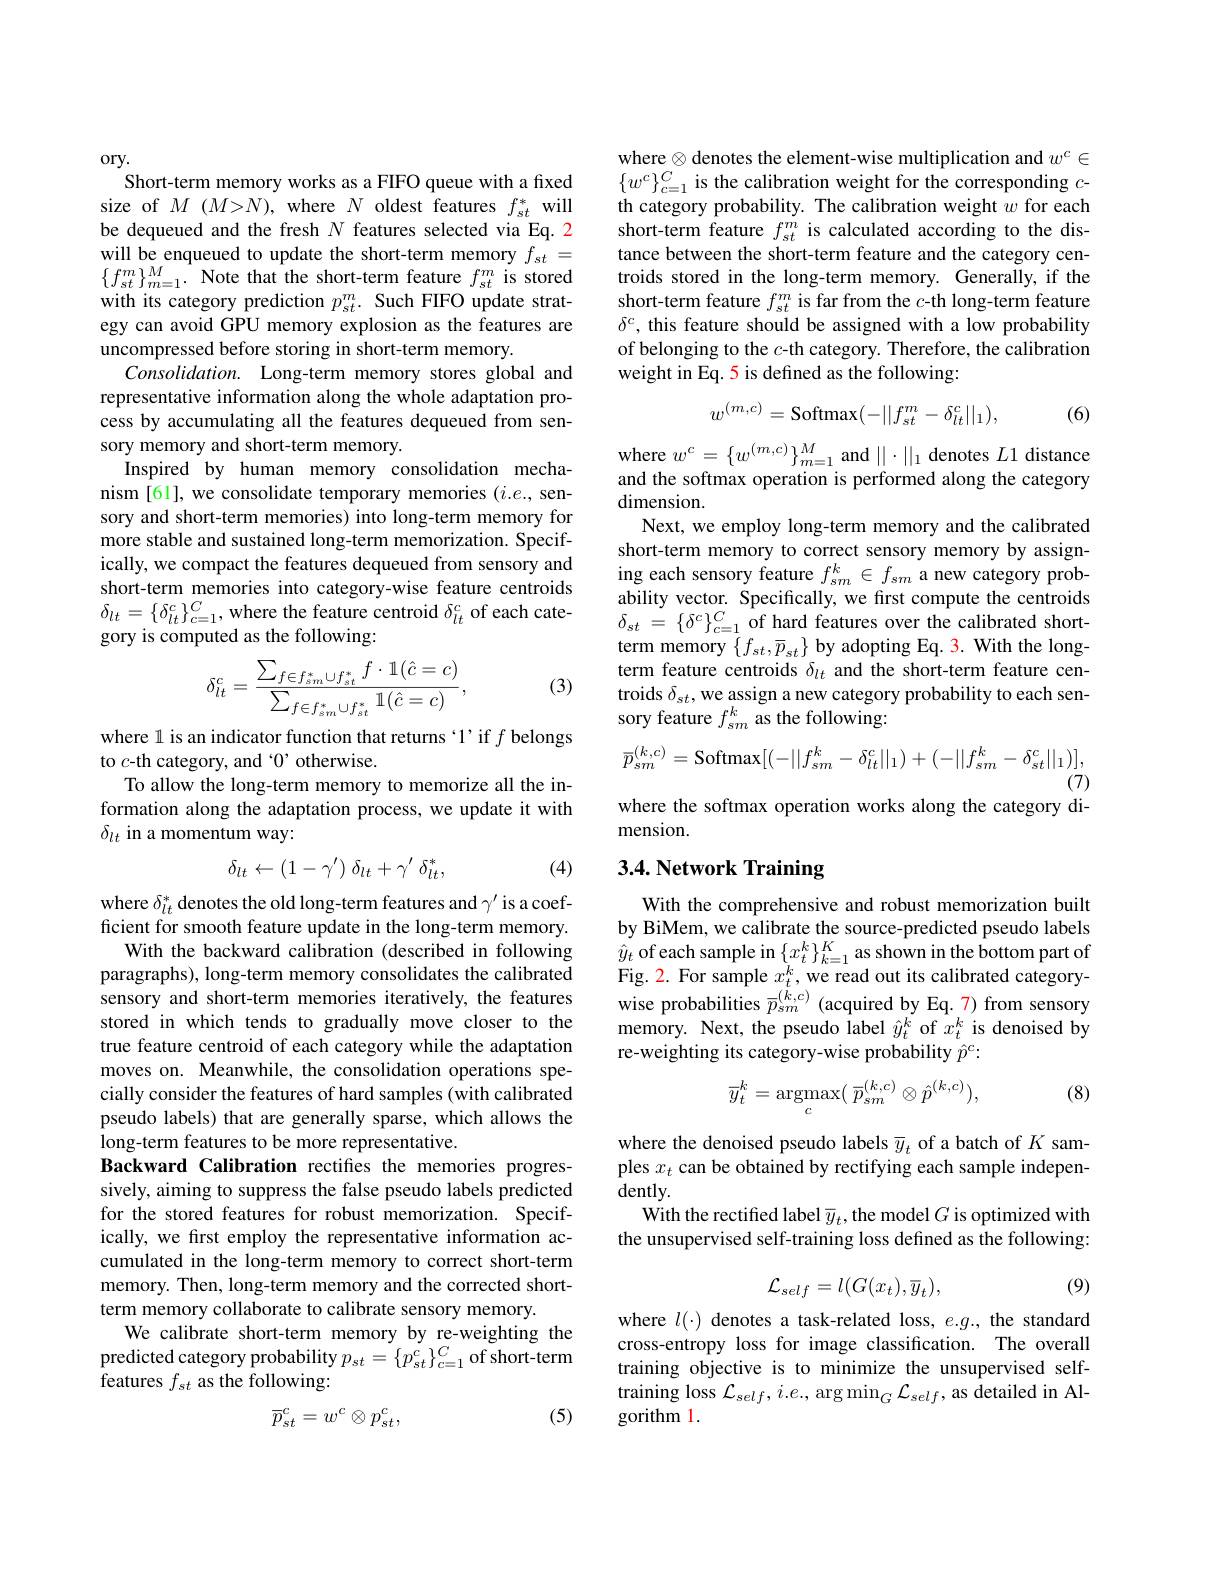
$ory.$
Short-term memory works as a FIFO queue with a fixed size of $M$ ($M>N)$, where $N$ oldest features $f_st^*$ will be dequeued and the fresh $N$ features selected via Eq.2 will be enqueued to update the short-term memory $f_{st}=$ $\{f_{st}^{m}\}_{m=1}^{M}.$ Note that the short-term feature $f_st^{m}$ is stored with its category prediction $p_{st}^m.$ Such FIFO update strategy can avoid GPU memory explosion as the features are uncompressed before storing in short-term memory.
$Consolidation.$ Long-term memory stores global and representative information along the whole adaptation process by accumulating all the features dequeued from sensory memory and short-term memory.
Inspired by human memory consolidation mechanism [61], we consolidate temporary memories ($i.e.$, sensory and short-term memories) into long-term memory for more stable and sustained long-term memorization. Specifically, we compact the features dequeued from sensory and short-term memories into category-wise feature centroids $\delta_{lt}=\{\delta_{lt}^{c}\}_{c=1}^{C}$,where the feature centroid $\delta_lt^{c}$ of each category is computed as the following:
$$\delta_{lt}^{c}=\frac{\sum_{f\in f_{sm}^{*}\cup f_{st}^{*}}f\cdot\mathbb{1}(\hat{c}=c)}{\sum_{f\in f_{sm}^{*}\cup f_{st}^{*}}\mathbb{1}(\hat{c}=c)},$$
(3)

where l is an indicator function that returns `1' if $f$ belongs
to $c$-th category, and $`0$' otherwise.
To allow the long-term memory to memorize all the information along the adaptation process, we update it with $\delta_{lt}$ in a momentum way:
$$\delta_{lt}\leftarrow(1-\gamma')\:\delta_{lt}+\gamma'\:\delta_{lt}^{*},$$
(4)

where $\delta_{lt}^*$ denotes the old long-term features and $\gamma^\prime$ is a coefficient for smooth feature update in the long-term memory.
With the backward calibration (described in following paragraphs), long-term memory consolidates the calibrated sensory and short-term memories iteratively, the features stored in which tends to gradually move closer to the true feature centroid of each category while the adaptation moves on. Meanwhile, the consolidation operations specially consider the features of hard samples (with calibrated pseudo labels) that are generally sparse, which allows the long-term features to be more representative.
Backward Calibration rectifies the memories progressively, aiming to suppress the false pseudo labels predicted for the stored features for robust memorization. Specifically, we first employ the representative information accumulated in the long-term memory to correct short-term memory. Then, long-term memory and the corrected shortterm memory collaborate to calibrate sensory memory.
We calibrate short-term memory by re-weighting the predicted category probability $p_st=\{p_{st}^{c}\}_{c=1}^{C}$ of short-term ${\tilde{\text{features }f_{st}}}$ as the following:
(5)
$$\overline{p}_{st}^c=w^c\otimes p_{st}^c,$$
where $\otimes$denotes the element-wise multiplication and $w^c\in$ $\{w^{c}\}_{c=1}^{C}$is the calibration weight for the corresponding $c$- th category probability. The calibration weight $w$ for each short-term feature $f_{st}^{m}$ is calculated according to the distance between the short-term feature and the category centroids stored in the long-term memory. Generally, if the short-term feature $f_{st}^m$ is far from the $c$-th long-term feature $\delta^c$, this feature should be assigned with a low probability of belonging to the $c$-th category. Therefore, the calibration weight in Eq. 5 is defined as the following:

(6)
$$w^{(m,c)}=\mathrm{Softmax}(-||f_{st}^{m}-\delta_{lt}^{c}||_{1}),$$
where $w^c=\{w^{(m,c)}\}_{m=1}^M$ and $||\cdot||_1$ denotes $L1$ distance and the softmax operation is performed along the category dimension.
Next, we employ long-term memory and the calibrated short-term memory to correct sensory memory by assigning each sensory feature $f_{sm}^k\in f_{sm}$ a new category probability vector. Specifically, we first compute the centroids $\delta _{st}$ = $\{ \delta ^{c}\} _{c= 1}^{C}$ of hard features over the calibrated shortterm memory $\{f_{st},\overline{p}_{st}\}$ by adopting Eq. 3. With the longterm feature centroids $\delta_{lt}$ and the short-term feature centroids $\delta_{st}$, we assign a new category probability to each sensory feature $f_sm^k$ as the following:
$$\overline{p}_{sm}^{(k,c)}=\mathrm{Softmax}[(-||f_{sm}^{k}-\delta_{lt}^{c}||_{1})+(-||f_{sm}^{k}-\delta_{st}^{c}||_{1})],$$
$(\bar{7})$
where the softmax operation works along the category di-

mension.

# 3.4. Network Training

With the comprehensive and robust memorization built by BiMem, we calibrate the source-predicted pseudo labels $\hat{y}_t$ of each sample in $\{x_t^k\}_{k=1}^K$ as shown in the bottom part of Fig. 2. For sample $x_t^k$, we read out its calibrated categorywise probabilities $\overline{p}_{sm}^{(k,c)}$ (acquired by Eq. 7) from sensory memory. Next, the pseudo label $\hat{y}_t^k$ of $x_t^k$ is denoised by re-weighting its category-wise probability $\hat{p}^c:$

(8)
$$\overline{y}_{t}^{k}=\underset{c}{\mathrm{argmax}}(\:\overline{p}_{sm}^{(k,c)}\otimes\hat{p}^{(k,c)}),$$
where the denoised pseudo labels $\overline{y}_{t}$ of a batch of $K$ samples $x_t$ can be obtained by rectifying each sample indepen- $dently.$
With the rectified label $\overline{y}_t$,the model $G$ is optimized with the unsupervised self-training loss defined as the following:

(9)
$$\mathcal{L}_{self}=l(G(x_t),\overline{y}_t),$$
where $l(\cdot)$ denotes a task-related loss, $e.g.$, the standard cross-entropy loss for image classification. The overall training objective is to minimize the unsupervised selftraining loss $\mathcal{L}_self,i.e.,\arg\min_G\mathcal{L}_{self}$, as detailed in Algorithm 1